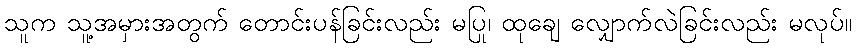
သူက သူ့အမှားအတွက် တောင်းပန်ခြင်းလည်း မပြု၊ ထုချေ လျှောက်လဲခြင်းလည်း မလုပ်။